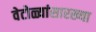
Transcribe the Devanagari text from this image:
वेटोळ्यांसारख्या